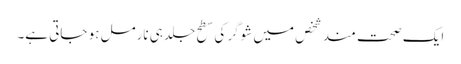
ایک صحت مند شخص میں شوگر کی سطح جلد ہی نارمل ہو جاتی ہے۔